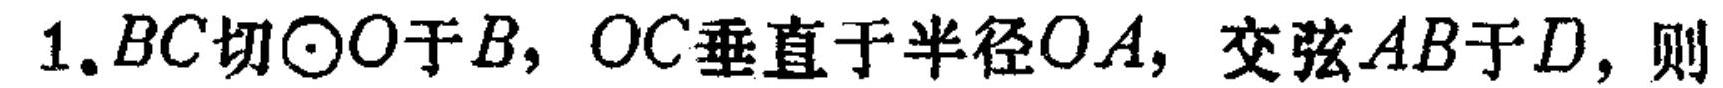
1.\(BC\)切\(\odot O\)于\(B\)，\(OC\)垂直于半径\(OA\)，交弦\(AB\)于\(D\)，则